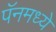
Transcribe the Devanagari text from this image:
पॅनमध्ये